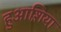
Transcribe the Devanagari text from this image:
हुआश़िया